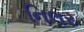
નિલર